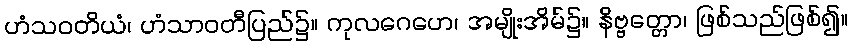
ဟံသဝတိယံ၊ ဟံသာဝတီပြည်၌။ ကုလဂေဟေ၊ အမျိုးအိမ်၌။ နိဗ္ဗတ္တော၊ ဖြစ်သည်ဖြစ်၍။